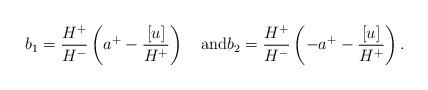
LaTeX: \begin{align*}b_1= \frac{H^+}{H^-} \left( a^+ - \frac{[u]}{H^+} \right)\quad\mbox{and} b_2= \frac{H^+}{H^-} \left(- a^+ - \frac{[u]}{H^+} \right).\end{align*}